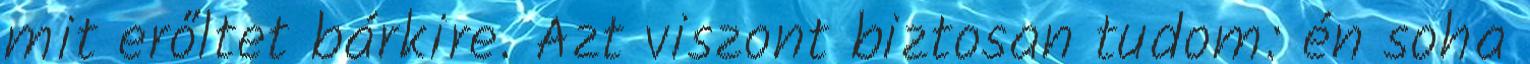
mit erőltet bárkire. Azt viszont biztosan tudom: én soha